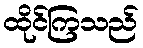
ထိုင်ကြသည်